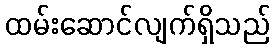
ထမ်းဆောင်လျက်ရှိသည်